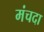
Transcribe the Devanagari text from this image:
मंचदा